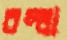
বল্ধা